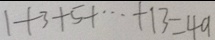
1 + 3 + 5 + \cdots + 1 3 = 4 9